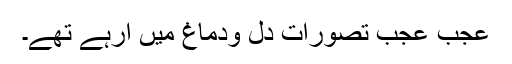
عجب عجب تصورات دل ودماغ میں آرہے تھے۔